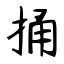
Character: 捅